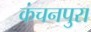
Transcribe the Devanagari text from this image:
कंचनपुरा